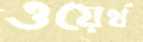
ওয়ের্থ